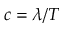
c = \lambda / T